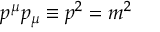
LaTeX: p ^ { \mu } p _ { \mu } \equiv p ^ { 2 } = m ^ { 2 }